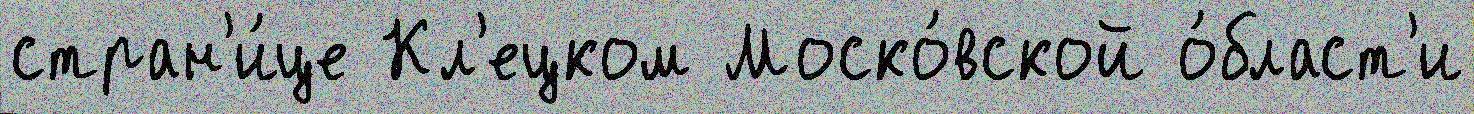
стран'и́це Кл'ецком Моско́вской о́бласт'и